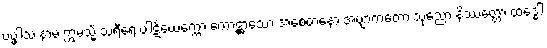
ပပ္ဖါသံ နာမ ဣမသ္မိံ သရီရေ ပါဋိယေက္ကော ကောဋ္ဌာသော အစေတနော အဗျာကတော သုညော နိဿတ္တော ထဒ္ဓေါ